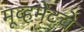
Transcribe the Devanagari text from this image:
मूव्हमेंटचे